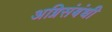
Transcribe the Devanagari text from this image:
अग्निसंबंधी